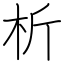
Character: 析